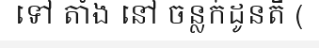
ទៅ តាំង នៅ ចន្លក់ដូនតី (